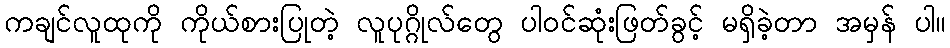
ကချင်လူထုကို ကိုယ်စားပြုတဲ့ လူပုဂ္ဂိုလ်တွေ ပါဝင်ဆုံးဖြတ်ခွင့် မရှိခဲ့တာ အမှန် ပါ။